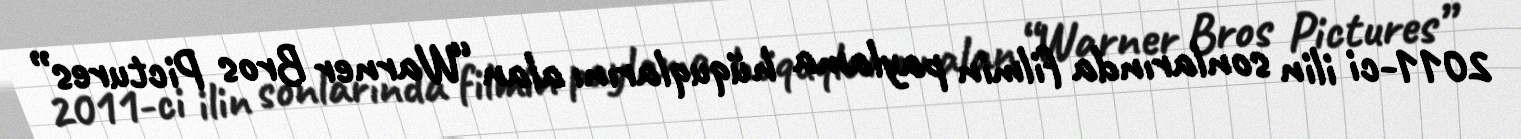
2011-ci ilin sonlarında filmin paylama hüquqlarını alan “Warner Bros Pictures”